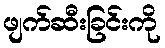
ဖျက်ဆီးခြင်းကို